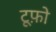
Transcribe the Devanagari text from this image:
टूफ़ो